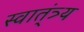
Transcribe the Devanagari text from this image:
स्वात्ंत्र्य